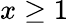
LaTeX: x\geq 1